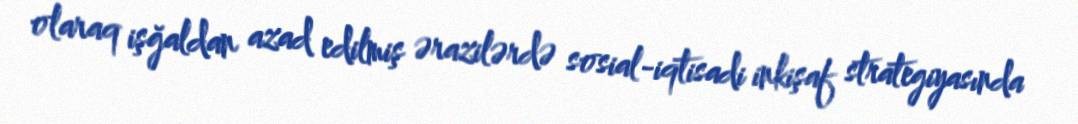
olaraq işğaldan azad edilmiş ərazilərdə sosial-iqtisadi inkişaf strategiyasında